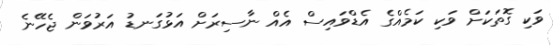
ވަކި ގޮތަކަށް ވަކި ކަމެއްގެ އެޑްވައިސް އެއް ނާސިރަށް އަޅުގަނޑު އަރުވަން ޖެހޭނެ